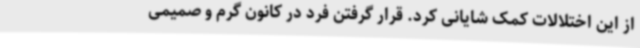
از این اختلالات کمک شایانی کرد. قرار گرفتن فرد در کانون گرم و صمیمی